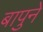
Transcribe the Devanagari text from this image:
बापुने